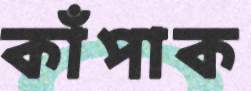
কাঁপাক